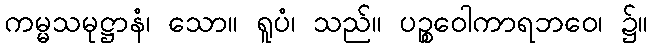
ကမ္မသမုဋ္ဌာနံ၊ သော။ ရူပံ၊ သည်။ ပဉ္စဝေါကာရဘဝေ၊ ၌။